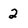
Character: 2